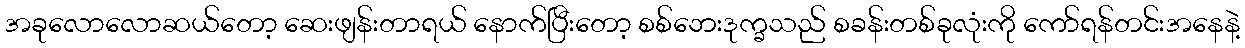
အခုလောလောဆယ်တော့ ဆေးဖျန်းတာရယ် နောက်ပြီးတော့ စစ်ဘေးဒုက္ခသည် စခန်းတစ်ခုလုံးကို ကော်ရန်တင်းအနေနဲ့